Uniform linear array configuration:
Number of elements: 12
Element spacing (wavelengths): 0.75
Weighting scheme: blackman
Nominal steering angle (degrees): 60
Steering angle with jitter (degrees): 60.613
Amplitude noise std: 0.05
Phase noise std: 0.05

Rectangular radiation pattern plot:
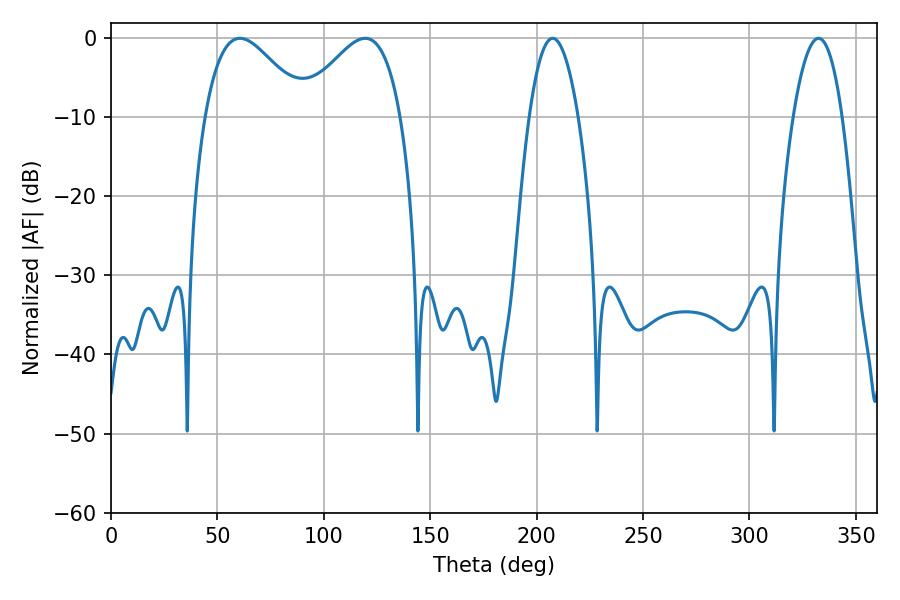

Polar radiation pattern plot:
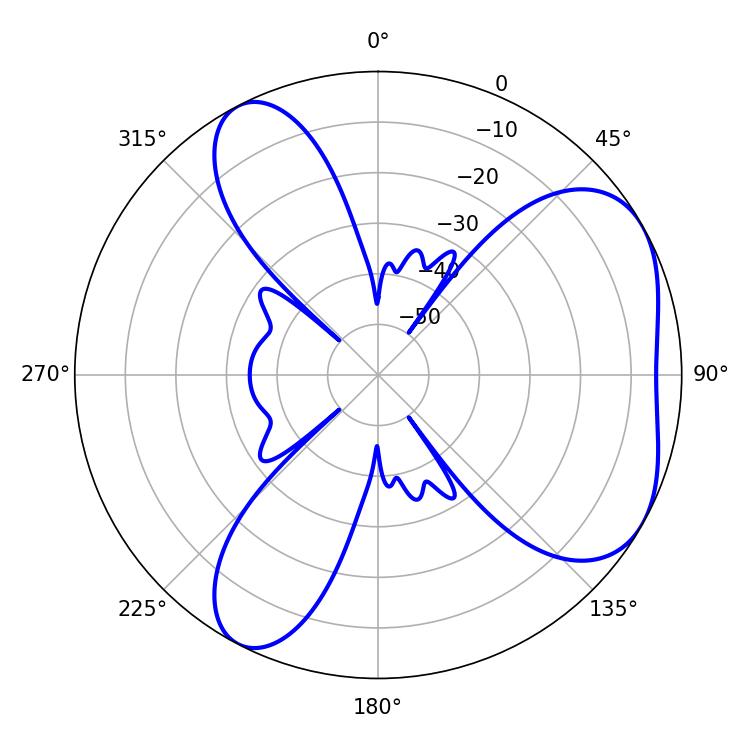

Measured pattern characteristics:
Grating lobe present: TRUE
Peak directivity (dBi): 4.97
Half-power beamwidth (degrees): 12.6
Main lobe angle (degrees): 207.54